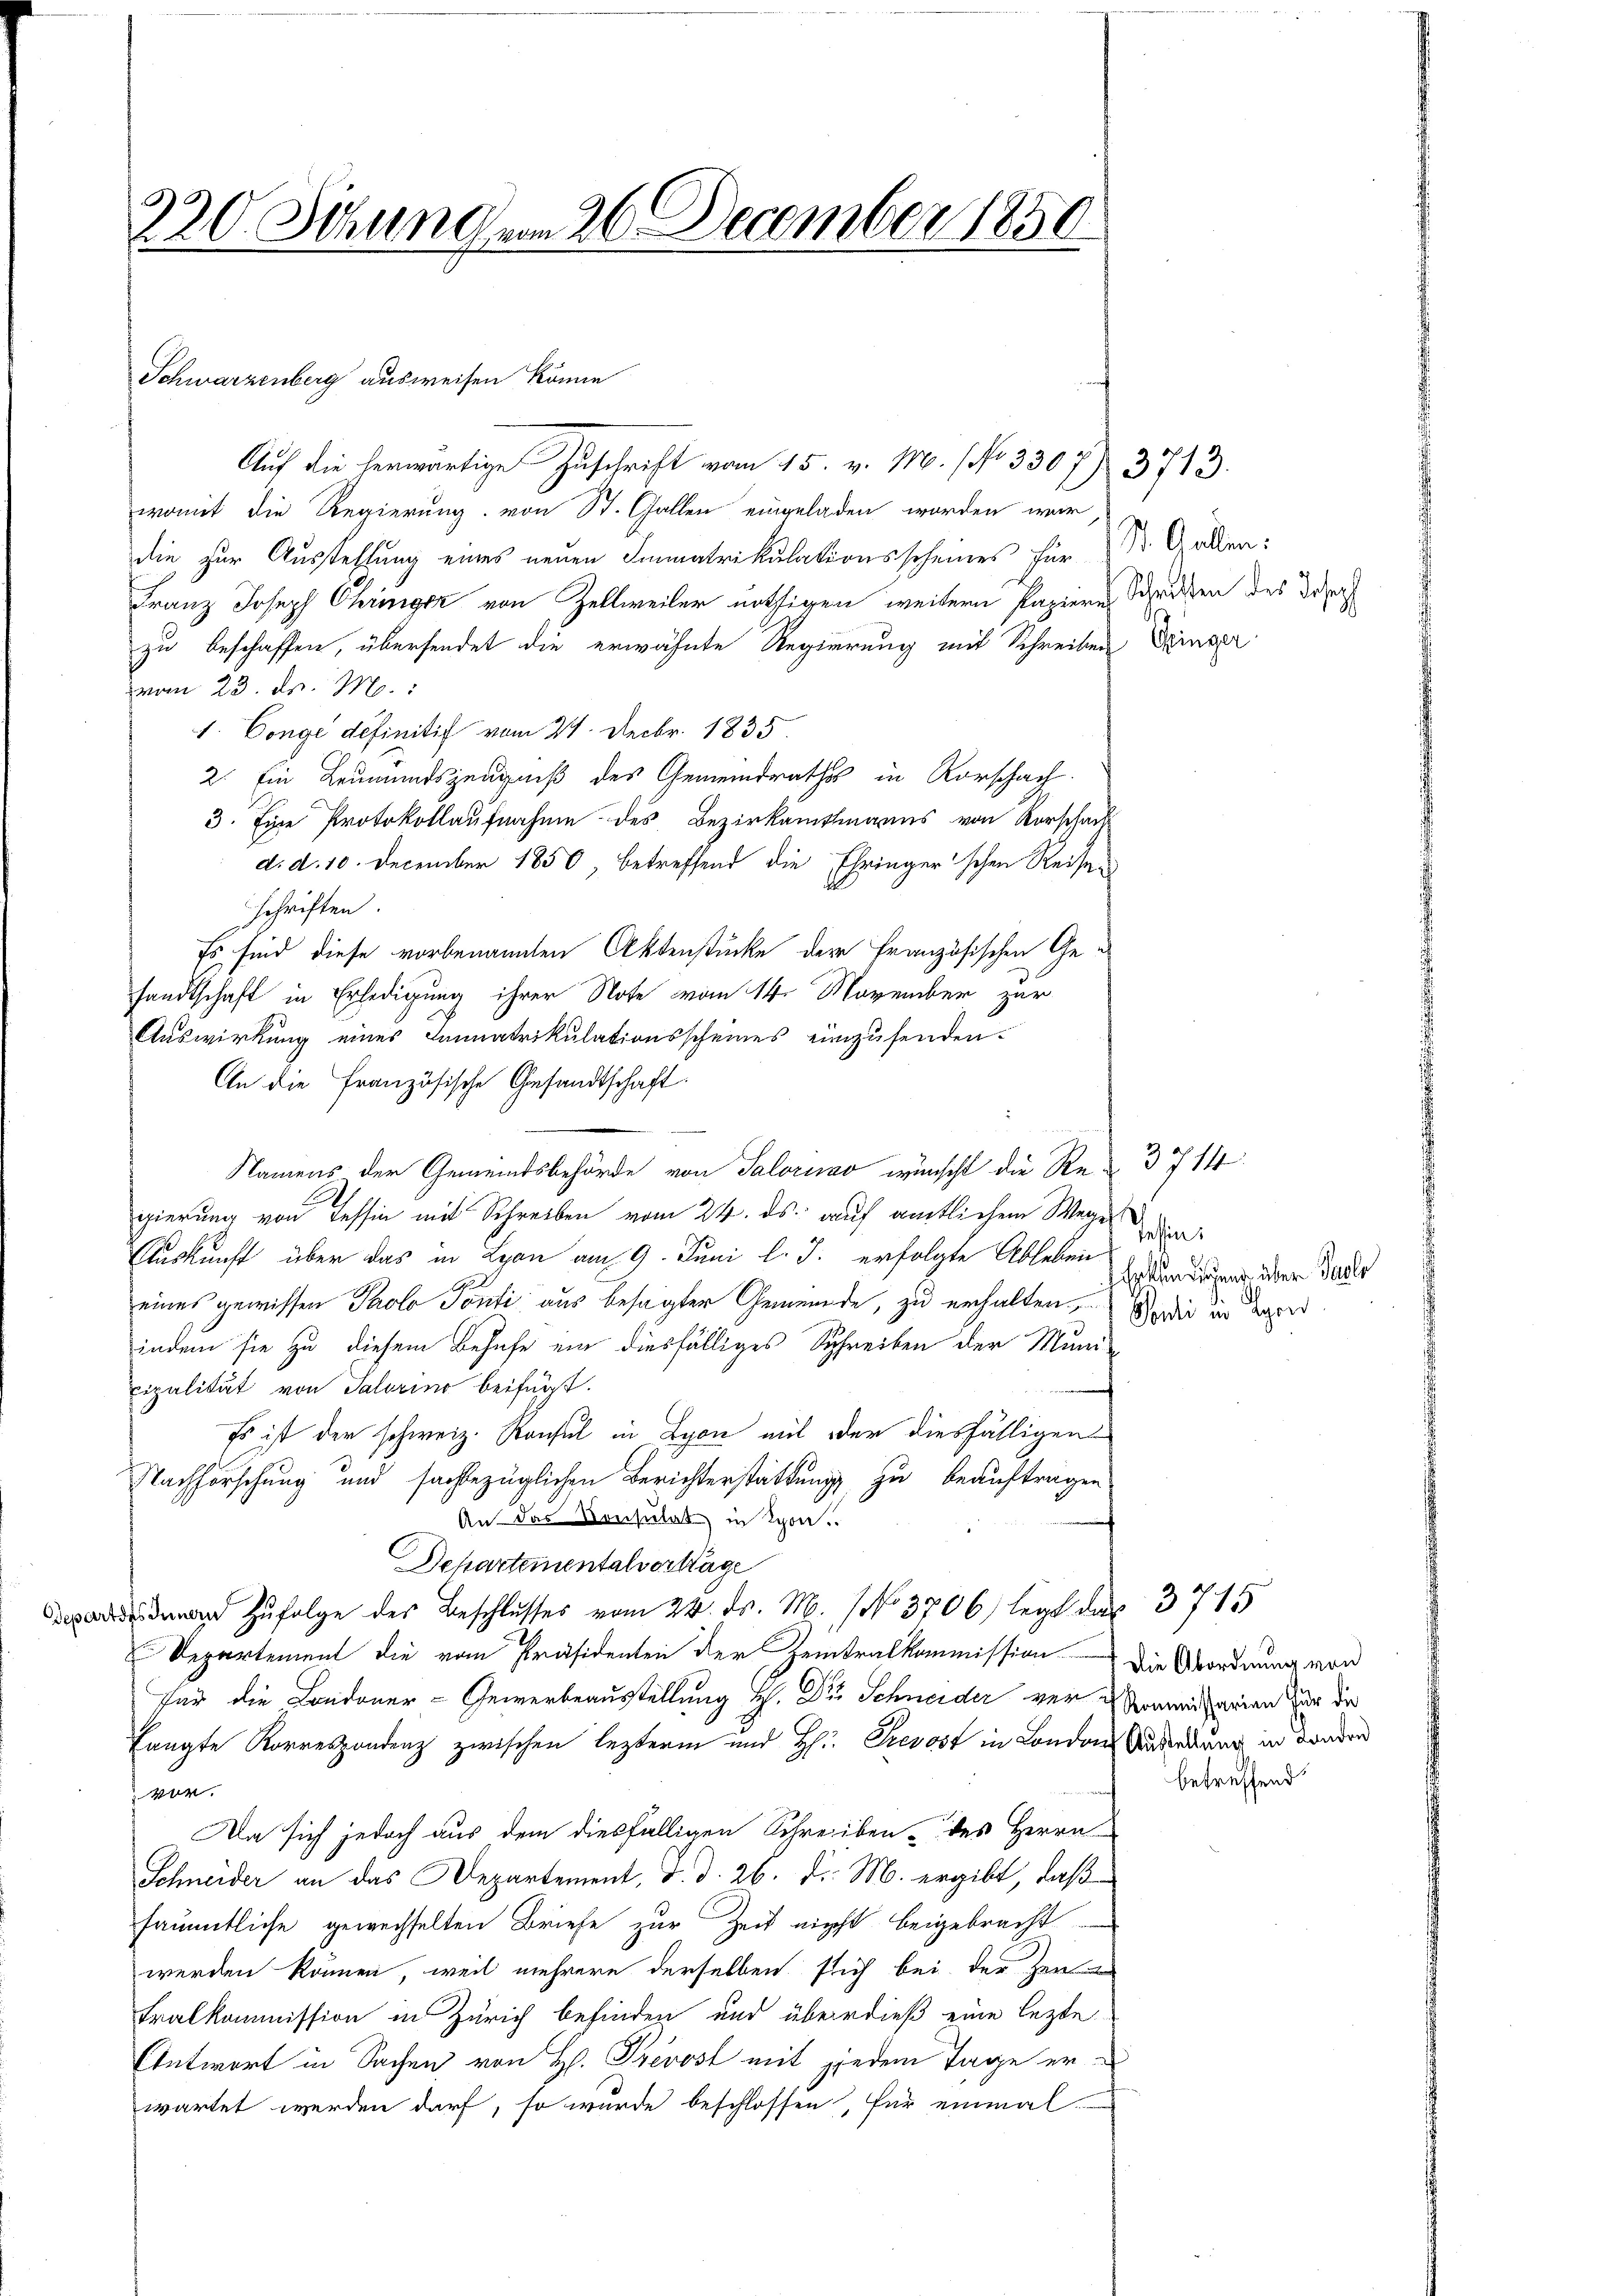
Auf die herwärtige Zuschrift vom 15. v. M. (fo 330 f 373.
womit die Regierung von St. Gallen eingeladen worden war
die zur Ausstellung eines neuen Immatrikulationsscheines für Dr. Graden¬
Franz Joseph Chringer von Zellweiler nöthigen weitern Papiere Schritten des Josef
zu beschaffen, übersendet die erwähnte Regierung mit Schreiben Dringer
vom 23. d. M.
1. Conge definitif vom 21. Decbr. 1835.
2. Ein Leumundszeugniß des Gemeindrathes in Rorschach
3. Eine Protokollaufnahme des Bezirkamtmanns von Vorscha
d. d. 10. December 1850, betreffend die Ehringer'schen Reise
schriften
Es sind diese vorbenannten Aktenstücke der Französischen Ge
sandtschaft in Erledigung ihrer Note vom 14. November zur
Auswirkung eines Jannatrikulationsscheines einzusenden.
An die französische Gesandtschaft.
Namens der Gemeindsbehörde von Saloruso wünscht die Re- 3714
gierung von Tessin mit Schreiben vom 24. ds. auf amtlichem Weges
Auskunft über das in Lyon am 9. Juni l. J. erfolgte Ableben
eines gewissen Prolo Ponti aus besagter Gemeinde, zu erhalten. Sie in Lager
indem sie zu diesem Behufe ein diesfälliges Schreiben der Muni-
cipalität von Salorino beifügt:
Es ist der schweiz. Konsul in Lyon mit oder diesfälligen
Nachforschung und sachbezüglichen Berichterstattung zu beauftragen
An das Konsulat in Schon.
Departementalvertrage
 zŭfolge des Beschlusses vom 22. ds. M. No 3706) legt das 3715
Departement die vom Präsidenten der Zeintralkommission. Die Abordnung von
für die Londoner-Gewerbeausstellung H. Dr. Schneider ver- Kommissarien für die
langte Korrespondenz zwischen lezteren und Hr. Prevost in London Anderdung in Banden
vor.
Da sich jedoch aus dem diesfälligen Schreiben des Herrn
Schneider an das Departement, d. d. 26. d. M. ergibt, daß
sämmtliche gewechselten Briefe zur Zeit nicht beigebracht
werden können, weil mehrere derselben sich bei der Zei
Fralkommission in Zürich befinden und überdieß eine lezte
Antwort in Sachen von H. Prevost mit jedem Tage erwartet werden darf, so wurde beschlossen, für einmal

230. Sitzung vom 26. December 1850.

Schwarzenberg ausweisen könne

Tessin:
Erken dieser über Paole
e

betreffend